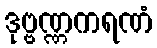
ဒုဗ္ဗဏ္ဏကရဏံ